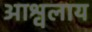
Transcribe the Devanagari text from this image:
आश्वलाय